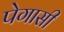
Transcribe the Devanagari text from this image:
पेगासी